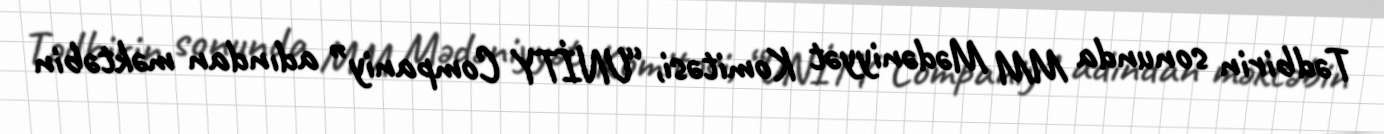
Tədbirin sonunda MM Mədəniyyət Komitəsi, “UNİTY Companiy” adından məktəbin